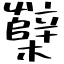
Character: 櫱